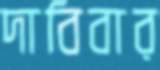
দাবিবার